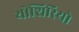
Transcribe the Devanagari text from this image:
योशिरियो